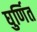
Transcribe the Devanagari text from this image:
घुर्णित